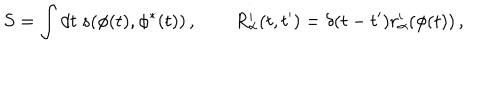
S = \int d t ~ s ( \phi ( t ) , \phi ^ { * } ( t ) ) \, , \qquad R _ { \alpha } ^ { i } ( t , t ^ { \prime } ) = \delta ( t - t ^ { \prime } ) r _ { \alpha } ^ { i } ( \phi ( t ) ) \, ,